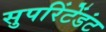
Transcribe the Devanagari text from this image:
सुपरिंटेंडंट